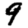
Digit: 9